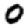
Digit: 0